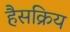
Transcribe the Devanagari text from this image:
हैसक्रिय